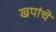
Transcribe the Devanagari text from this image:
खपांचे